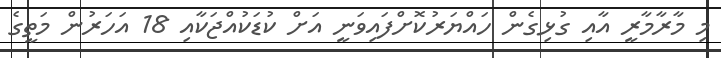
މި މާރާމާރީ އާއި ގުޅިގެން ހައްޔަރުކޮށްފައިވަނީ އަށް ކުޑަކުއްޖަކާއި 18 އަހަރުން މަތީގެ